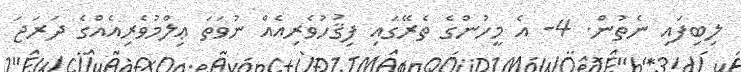
ލިބިފައި ނެތުން. 4- އެ މީހުންގެ ތެރޭގައި ފިޤުހުވެރިއެއް ނުވަތަ ޢިލްމުވެރިއެއްގެ ދަރަޖަ